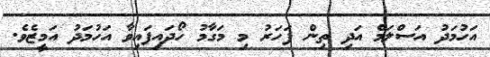
އަހުމަދު އަސްލަމް އަދި ތިން ފަހަރު މި މަގާމު ހޯދައިފައިވާ އަހުމަދު އަމީޒެވެ.